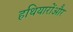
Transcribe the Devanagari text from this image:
हथियारोंऔर